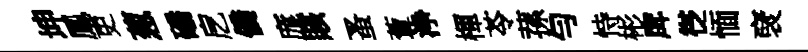
坤鳳吏葱磻戹僑庬賅蚤藑浄楎苓蓀勻恃彬戽徔愐裦